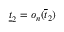
\underline { { t } } _ { 2 } = o _ { n } ( \overline { { t } } _ { 2 } )